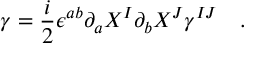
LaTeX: \gamma = \frac { i } { 2 } \epsilon ^ { a b } \partial _ { a } X ^ { I } \partial _ { b } X ^ { J } \gamma ^ { I J } ~ ~ ~ .